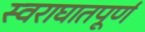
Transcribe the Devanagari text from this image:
स्वराघातपूर्ण